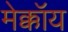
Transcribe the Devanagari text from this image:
मेक्कॉय